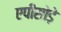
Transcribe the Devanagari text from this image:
एपीसोड़े